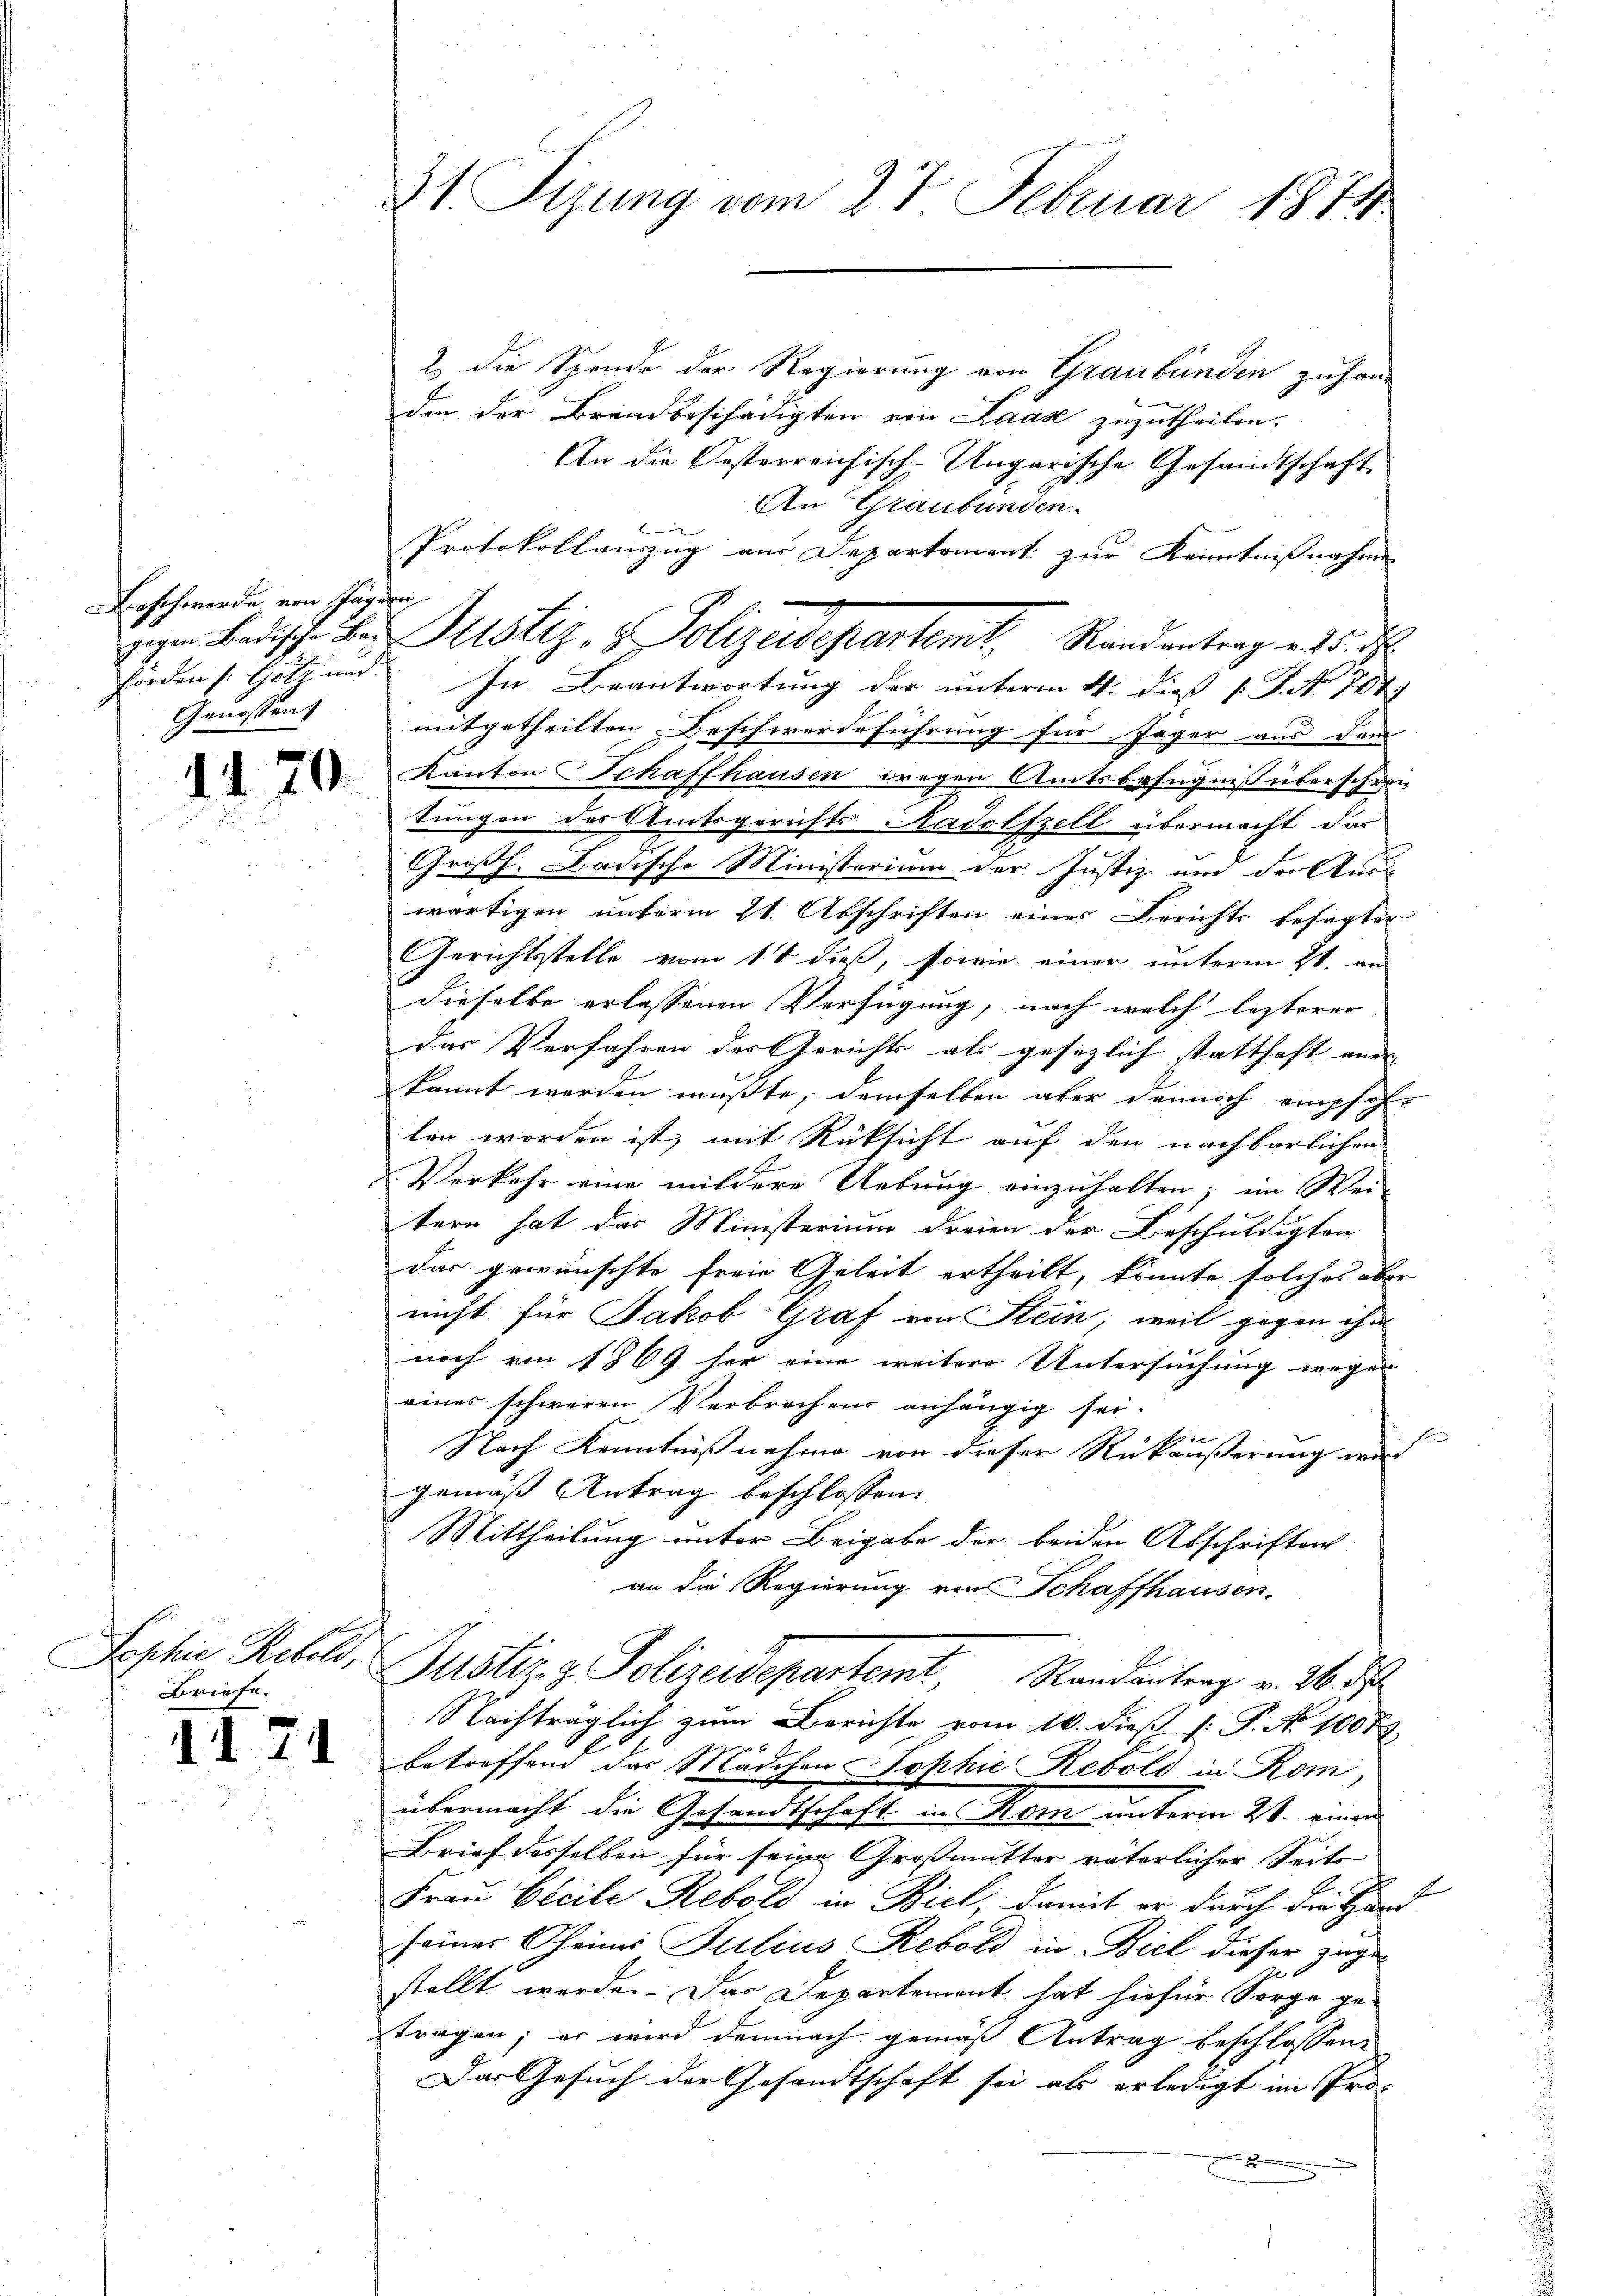
Beschwerde von sagen
Genossen

14

70.

Sophie Rebold,
Briefe.

1171

21 Sizung vom 27. Februar 1874

2 die Spende der Regierung von Graubünden zuhand
den der Brandbeschädigten von Laas zuzutheilen.
An die Oesterreichisch-Ungarische Gesandtschaft
An Graubünden.
Protokollanzug aus Departement zur Kenntnißnahme
hörden Götz und In Beantwortung der unterm 21. dieß P. P. Nr. 704.
mitgetheilten Beschwerdeführung für Jäger aus dem
Kanton Schaffhausen dregen Amtsbefugnis überschrei-
tungen des Amtsgerichts Radolfzell übermacht das
Großh. Badische Ministerium der Justiz und der Aus-
wärtigen unterm 21. Abschriften eines Berichts besagter
Gerichtsstelle vom 14 dieß, sowie einer unterm 21. an
dieselbe erlassenen Verfügung, nach welch lezterer
das Verfahren des Gerichts als gesezlich statthaft aner- |
kannt werden mußte, demselben aber dennoch empfohlen worden ist, mit Rüksicht auf den nachbarlichen
Verkehr eine mildere Uebung einzuhalten; im Wei-
tern hat das Ministerium dreien der Beschuldigten
das gewünschte freie Geleit ertheilt, könnte solches aber
nicht für Jakob Graf von Stein, weil gegen ihm
noch von 1869 her eine weitere Untersuchung wegen
eines schweren Verbrechens anhängig sei.
e
Nach Kenntnißnahme von dieser Rückäußerung weder
gemäß Antrag beschlossen:
Mittheilung unter Beigabe der beiden Abschriften
an die Regierung von Schaffhausen.
Justiz & Polizeidepartemt, Randantrag v. 26. d
Nachträglich zum Berichte vom 10. dieß [: P. No. 1007
x
betreffend das Mädchen Sophie Rebold in Rom,
übermacht die Gesandtschaft in Rom unterm 2t. einen
Brief desselben für seige Großmutter väterlicher Seits
Frau Bleile Rebold in Biel, damit er durch die Hand
seines Oheim Julius Rebold in Biel dieser zugestellt werden. Das Departement hat hiefür Sorge ge-
tragen; er wird demnach gemäß Antrag beschlossen,
Das Gesuch der Gesandtschaft sei als erledigt im Pro-

gegen Badische Bei Zustiz- & Polizeidepartemt, Randantrag v. 5. d.